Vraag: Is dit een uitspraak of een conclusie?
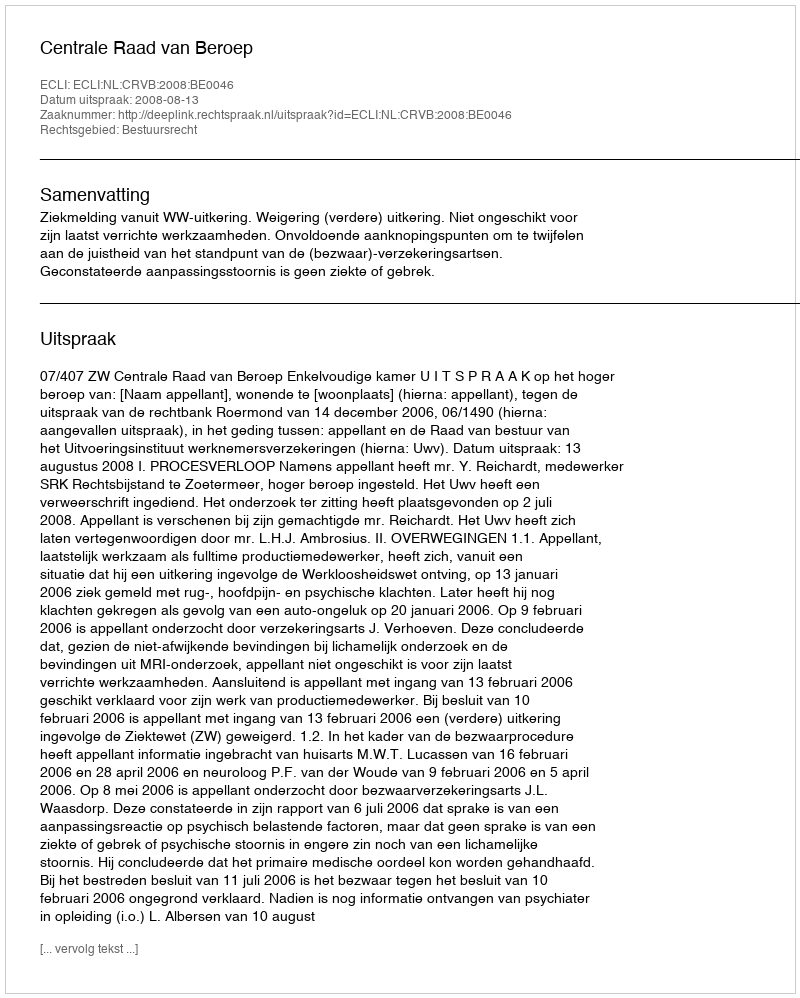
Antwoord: Uitspraak